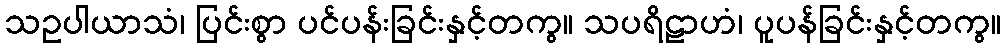
သဥပါယာသံ၊ ပြင်းစွာ ပင်ပန်းခြင်းနှင့်တကွ။ သပရိဠာဟံ၊ ပူပန်ခြင်းနှင့်တကွ။